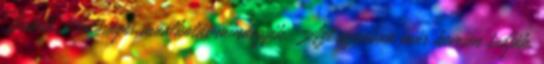
Babák. Valóságos műalkotás mindegyik. Azt azonban már kevesen tudják,